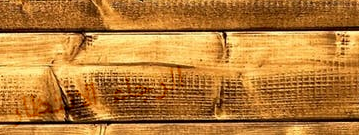
الرجاء الانتظار